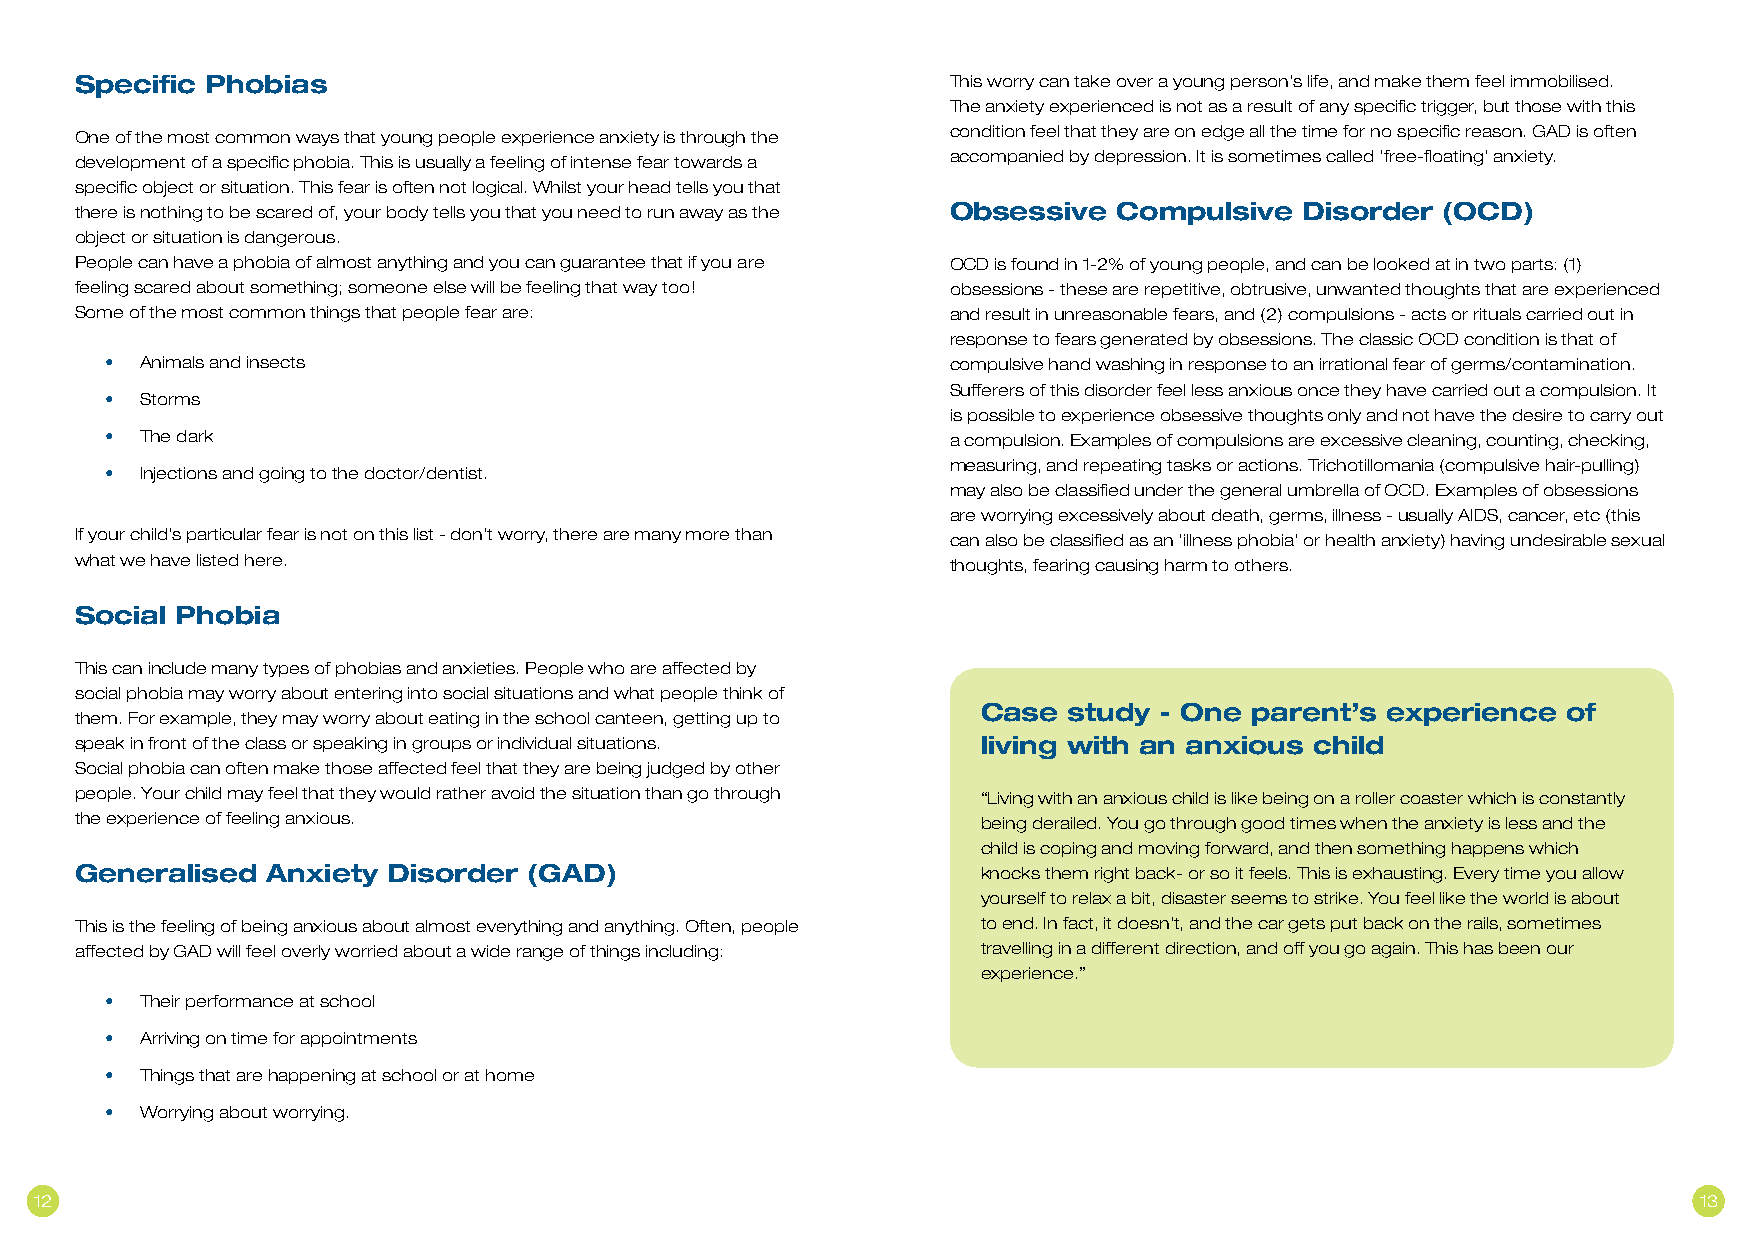
Specific Phobias                                          This worry can take over a young person’s life, and make them feel immobilised.
 The anxiety experienced is not as a result of any specific trigger, but those with this
 One of the most common ways that young people experience anxiety is through the condition feel that they are on edge all the time for no specific reason. GAD is often
 development of a specific phobia. This is usually a feeling of intense fear towards a accompanied by depression. It is sometimes called ‘free-floating’ anxiety.
 specific object or situation. This fear is often not logical. Whilst your head tells you that
 there is nothing to be scared of, your body tells you that you need to run away as the Obsessive Compulsive Disorder (OCD)
 object or situation is dangerous.
 People can have a phobia of almost anything and you can guarantee that if you are OCD is found in 1-2% of young people, and can be looked at in two parts: (1)
 feeling scared about something; someone else will be feeling that way too! obsessions - these are repetitive, obtrusive, unwanted thoughts that are experienced
 Some of the most common things that people fear are:      and result in unreasonable fears, and (2) compulsions - acts or rituals carried out in
 response to fears generated by obsessions. The classic OCD condition is that of
 • Animals and insects                                   compulsive hand washing in response to an irrational fear of germs/contamination.
 Sufferers of this disorder feel less anxious once they have carried out a compulsion. It
 • Storms
 is possible to experience obsessive thoughts only and not have the desire to carry out
 • The dark                                              a compulsion. Examples of compulsions are excessive cleaning, counting, checking,
 measuring, and repeating tasks or actions. Trichotillomania (compulsive hair-pulling)
 • Injections and going to the doctor/dentist.
 may also be classified under the general umbrella of OCD. Examples of obsessions
 are worrying excessively about death, germs, illness - usually AIDS, cancer, etc (this
 If your child’s particular fear is not on this list - don’t worry, there are many more than can also be classified as an ‘illness phobia’ or health anxiety) having undesirable sexual
 what we have listed here.                                 thoughts, fearing causing harm to others.
 Social Phobia
 This can include many types of phobias and anxieties. People who are affected by
 social phobia may worry about entering into social situations and what people think of
 Case  study - One parent’s experience  of
 them. For example, they may worry about eating in the school canteen, getting up to
 speak in front of the class or speaking in groups or individual situations. living with an anxious child
 Social phobia can often make those affected feel that they are being judged by other
 people. Your child may feel that they would rather avoid the situation than go through “Living with an anxious child is like being on a roller coaster which is constantly
 the experience of feeling anxious.                          being derailed. You go through good times when the anxiety is less and the
 child is coping and moving forward, and then something happens which
 Generalised  Anxiety Disorder (GAD)                         knocks them right back- or so it feels. This is exhausting. Every time you allow
 yourself to relax a bit, disaster seems to strike. You feel like the world is about
 This is the feeling of being anxious about almost everything and anything. Often, people to end. In fact, it doesn’t, and the car gets put back on the rails, sometimes
 affected by GAD will feel overly worried about a wide range of things including: travelling in a different direction, and off you go again. This has been our
 experience.”
 • Their performance at school
 • Arriving on time for appointments
 • Things that are happening at school or at home
 • Worrying about worrying.
 12                                                                                                            13